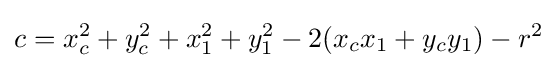
c=x_{c}^{2}+y_{c}^{2}+x_{1}^{2}+y_{1}^{2}-2(x_{c}x_{1}+y_{c}y_{1})-r^{2}